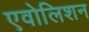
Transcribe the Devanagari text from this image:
एवोलिशन